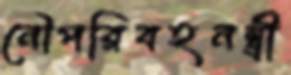
নৌপরিবহনন্ত্রী